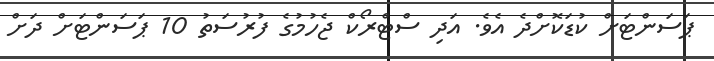
ޕަސަންޓަށް ކުޑަކޮށްދެ އެވެ. އަދި ސްޓްރޯކް ޖެހުމުގެ ފުރުސަތު 10 ޕަސަންޓަށް ދަށް